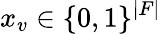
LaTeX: x_{v}\in\{ 0,1\} ^{|F|}